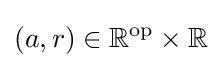
(a,r)\in \mathbb {R} ^{\operatorname {op} }\times \mathbb {R}